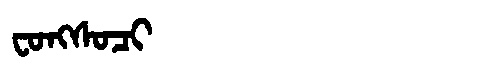
Manchu: ᠸᠣᠩᠰᠣᠴᡳ
Romanization: FONGSOCI